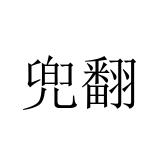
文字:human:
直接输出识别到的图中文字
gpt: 兜翻